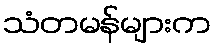
သံတမန်များက